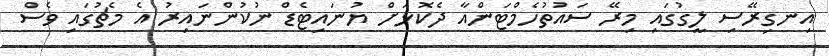
އިނގިރޭސި ލީގުގައި މިރޭ ސައުތުހެމްޓަންއާ ދެކޮޅަށް ޔުނައިޓެޑް ނުކުންނައިރު އެ މެޗުގައި ވެސް